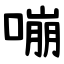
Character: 嘣